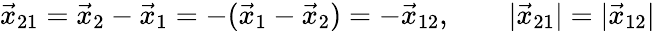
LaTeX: \vec{x}_{21}=\vec{x}_{2}-\vec{x}_{1}=-(\vec{x}_{1}-\vec{x}_{2})=-\vec{x}_{12},\qquad|\vec{x}_{21}|=|\vec{x}_{12}|